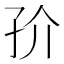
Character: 㜾